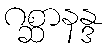
ဂစ္ဆာနန္ဒ